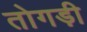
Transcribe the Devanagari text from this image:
तोगड़ी